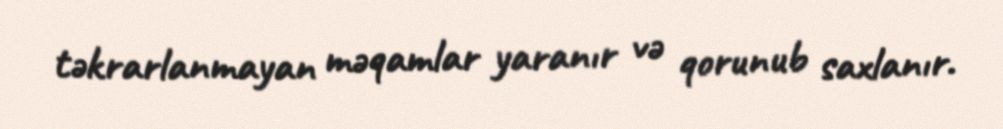
təkrarlanmayan məqamlar yaranır və qorunub saxlanır.